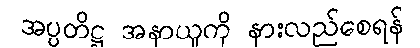
အပ္ပတိဋ္ဌ အနာယူကို နားလည်စေရန်